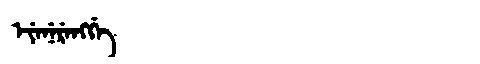
Manchu: ᡝᠶᡝᠨᡝᡵᡝᠩᡤᡝ
Romanization: EYENERENGGE